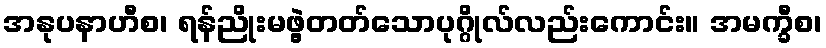
အနုပနာဟီစ၊ ရန်ညိုးမဖွဲ့တတ်သောပုဂ္ဂိုလ်လည်းကောင်း။ အမက္ခီစ၊